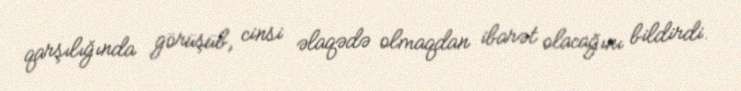
qarşılığında görüşüb, cinsi əlaqədə olmaqdan ibarət olacağını bildirdi.